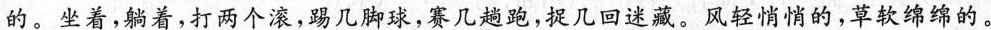
的。坐着，躺着，打两个滚，踢几脚球，赛几趟跑，捉几回迷藏。风轻悄悄的，草软绵绵的。